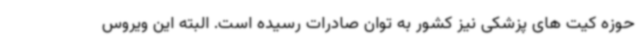
حوزه کیت های پزشکی نیز کشور به توان صادرات رسیده است. البته این ویروس